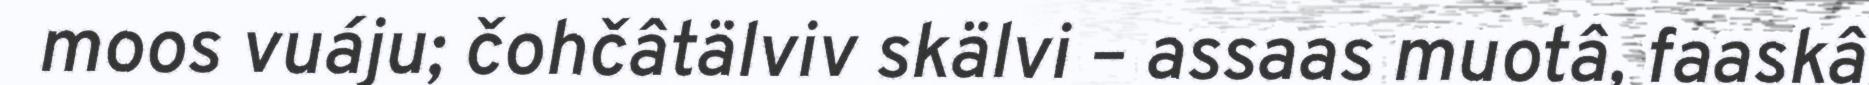
moos vuáju; čohčâtälviv skälvi – assaas muotâ, faaskâ